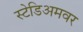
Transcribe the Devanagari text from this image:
स्टेडिअमवर